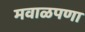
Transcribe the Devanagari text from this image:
मवाळपणा